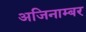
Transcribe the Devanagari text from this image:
अजिनाम्बर